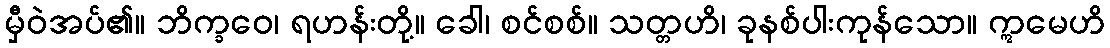
မှီဝဲအပ်၏။ ဘိက္ခဝေ၊ ရဟန်းတို့။ ခေါ၊ စင်စစ်။ သတ္တဟိ၊ ခုနစ်ပါးကုန်သော။ ဣမေဟိ